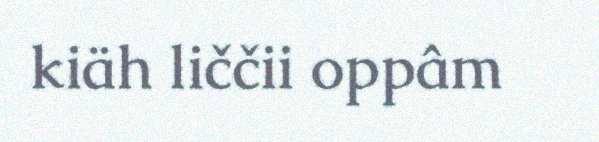
kiäh liččii oppâm